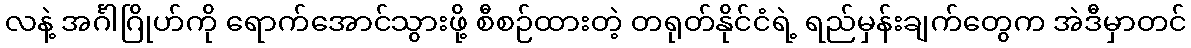
လနဲ့ အင်္ဂါဂြိုဟ်ကို ရောက်အောင်သွားဖို့ စီစဉ်ထားတဲ့ တရုတ်နိုင်ငံရဲ့ ရည်မှန်းချက်တွေက အဲဒီမှာတင်